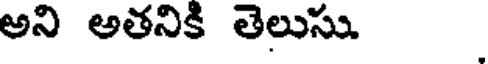
అని అతనికి తెలుసు